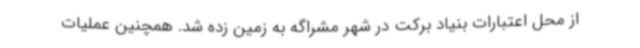
از محل اعتبارات بنیاد برکت در شهر مشراگه به زمین زده شد. همچنین عملیات